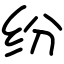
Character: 纷